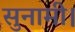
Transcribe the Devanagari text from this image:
सुनामी।